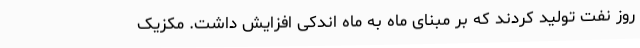
روز نفت تولید کردند که بر مبنای ماه به ماه اندکی افزایش داشت. مکزیک